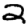
Digit: 2